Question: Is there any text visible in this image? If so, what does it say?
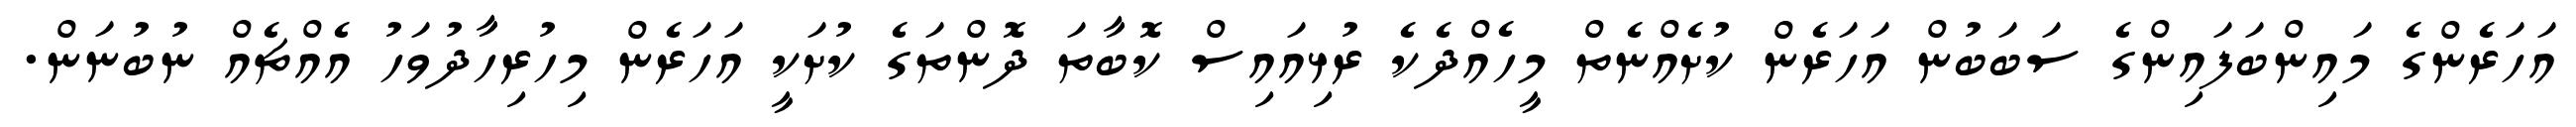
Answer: އަހަރެންގެ މައިންބަފައިންގެ ސަބަބުން އަހަރެން ކުށެއްނެތް މީހެއްދެކެ ރުޅިއައިސް ކޮބާތަ ދޮންތަގެ ކުށަކީ އަހަރެން މިހުރިހާދުވަހު އެއްޗެއް ނުބުނަން.